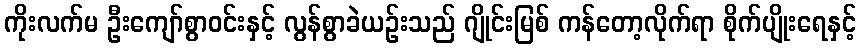
ကိုးလက်မ ဦးကျော်စွာဝင်းနှင့် လွန်စွာခဲယဉ်းသည် ဂျိုင်းမြစ် ကန်တော့လိုက်ရာ စိုက်ပျိုးရေနှင့်